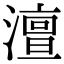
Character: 澶